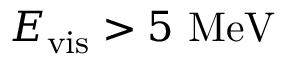
{ E _ { \mathrm { v i s } } > 5 ~ \mathrm { M e V } }